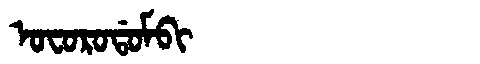
Manchu: ᠣᠸᠣᡵᠣᡩᠣᠮᠪᡳ
Romanization: OFORODOMBI